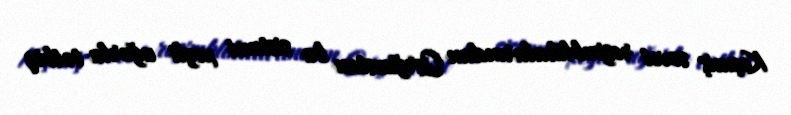
Keçmiş sovet respublikalarından Qırğızıstan bu sistemi xeyli uğurla tətbiq